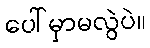
ပေါ်မှာမလွဲပဲ။